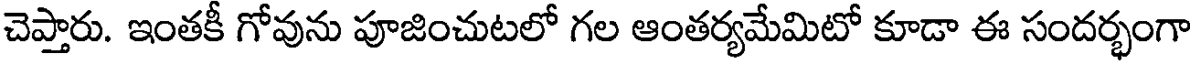
చెప్తారు. ఇంతకీ గోవును పూజించుటలో గల ఆంతర్యమేమిటో కూడా ఈ సందర్భంగా